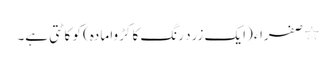
٭ صفراء (ایک زرد رنگ کا کڑوا مادہ) کو کاٹتی ہے۔